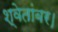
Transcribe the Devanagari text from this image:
श्वेतांबर।